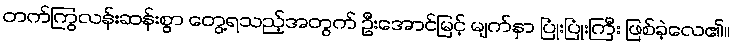
တက်ကြွလန်းဆန်းစွာ တွေ့ရသည့်အတွက် ဦးအောင်မြင့် မျက်နှာ ပြုံးပြုံးကြီး ဖြစ်ခဲ့လေ၏။